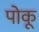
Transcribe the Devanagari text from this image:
पोकू